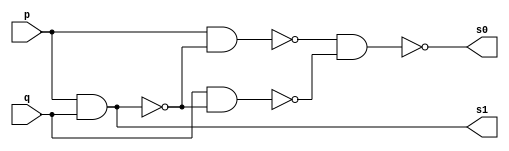
//----------------------------------------------
//----Arquitetura de computador-----------------
//----guia 03 - exercicio 02--------------------
//----Nome: Paulo Henrique de Almeida Amorim----
//----Matricula: 412765-------------------------

//--Half Adder(NAND) module--
module halfAdder (s0, s1, p, q);

	output s0, s1;
	input p, q;
	wire s2, s3, s4, s5, s6, s7, s8, s9;
	
	nand NAND1(s2, p, q);
	nand NAND2(s3, p, s2);
	nand NAND3(s4, q, s2);
	nand NAND4(s0, s3, s4);
	nand NAND5(s5, s2, s2);
	nand NAND6(s6, s5, s5);
	nand NAND7(s1, s6, s6);

endmodule

//--teste Half Adder--

module halfAddertest;
	reg a, b;
	wire s0, s1;
	
//--instancia--

	halfAdder HALF(s2, s1, a, b);
	
initial begin:start
	a = 0;
	b = 0;
end
	
//--parte principal--

initial begin:main

	$display("\nGuia 03 - exercicio 02 - Paulo Henrique - 412765");
	$display("\nTeste Half Adder(NAND) gate");
	$display("\na + b = s");
	$monitor("%b + %b = %b%b", a, b, s1, s2);
	
	#1 a = 0; b = 1;
	#1	a = 1; b = 0;
	#1 a = 1; b = 1;

end //--fim parte principal--

endmodule //--fim	test Half Adder(NAND) gate